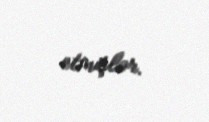
etmişlər.